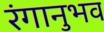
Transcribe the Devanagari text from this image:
रंगानुभव